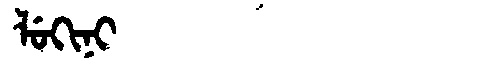
Manchu: ᠯᡠᡴᡳᠨᡳ
Romanization: LUKINI